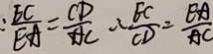
: \frac { B C } { E A } = \frac { C D } { A C } \therefore \frac { E C } { C D } = \frac { E A } { A C }